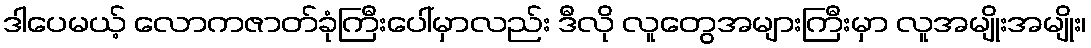
ဒါပေမယ့် လောကဇာတ်ခုံကြီးပေါ်မှာလည်း ဒီလို လူတွေအများကြီးမှာ လူအမျိုးအမျိုး၊